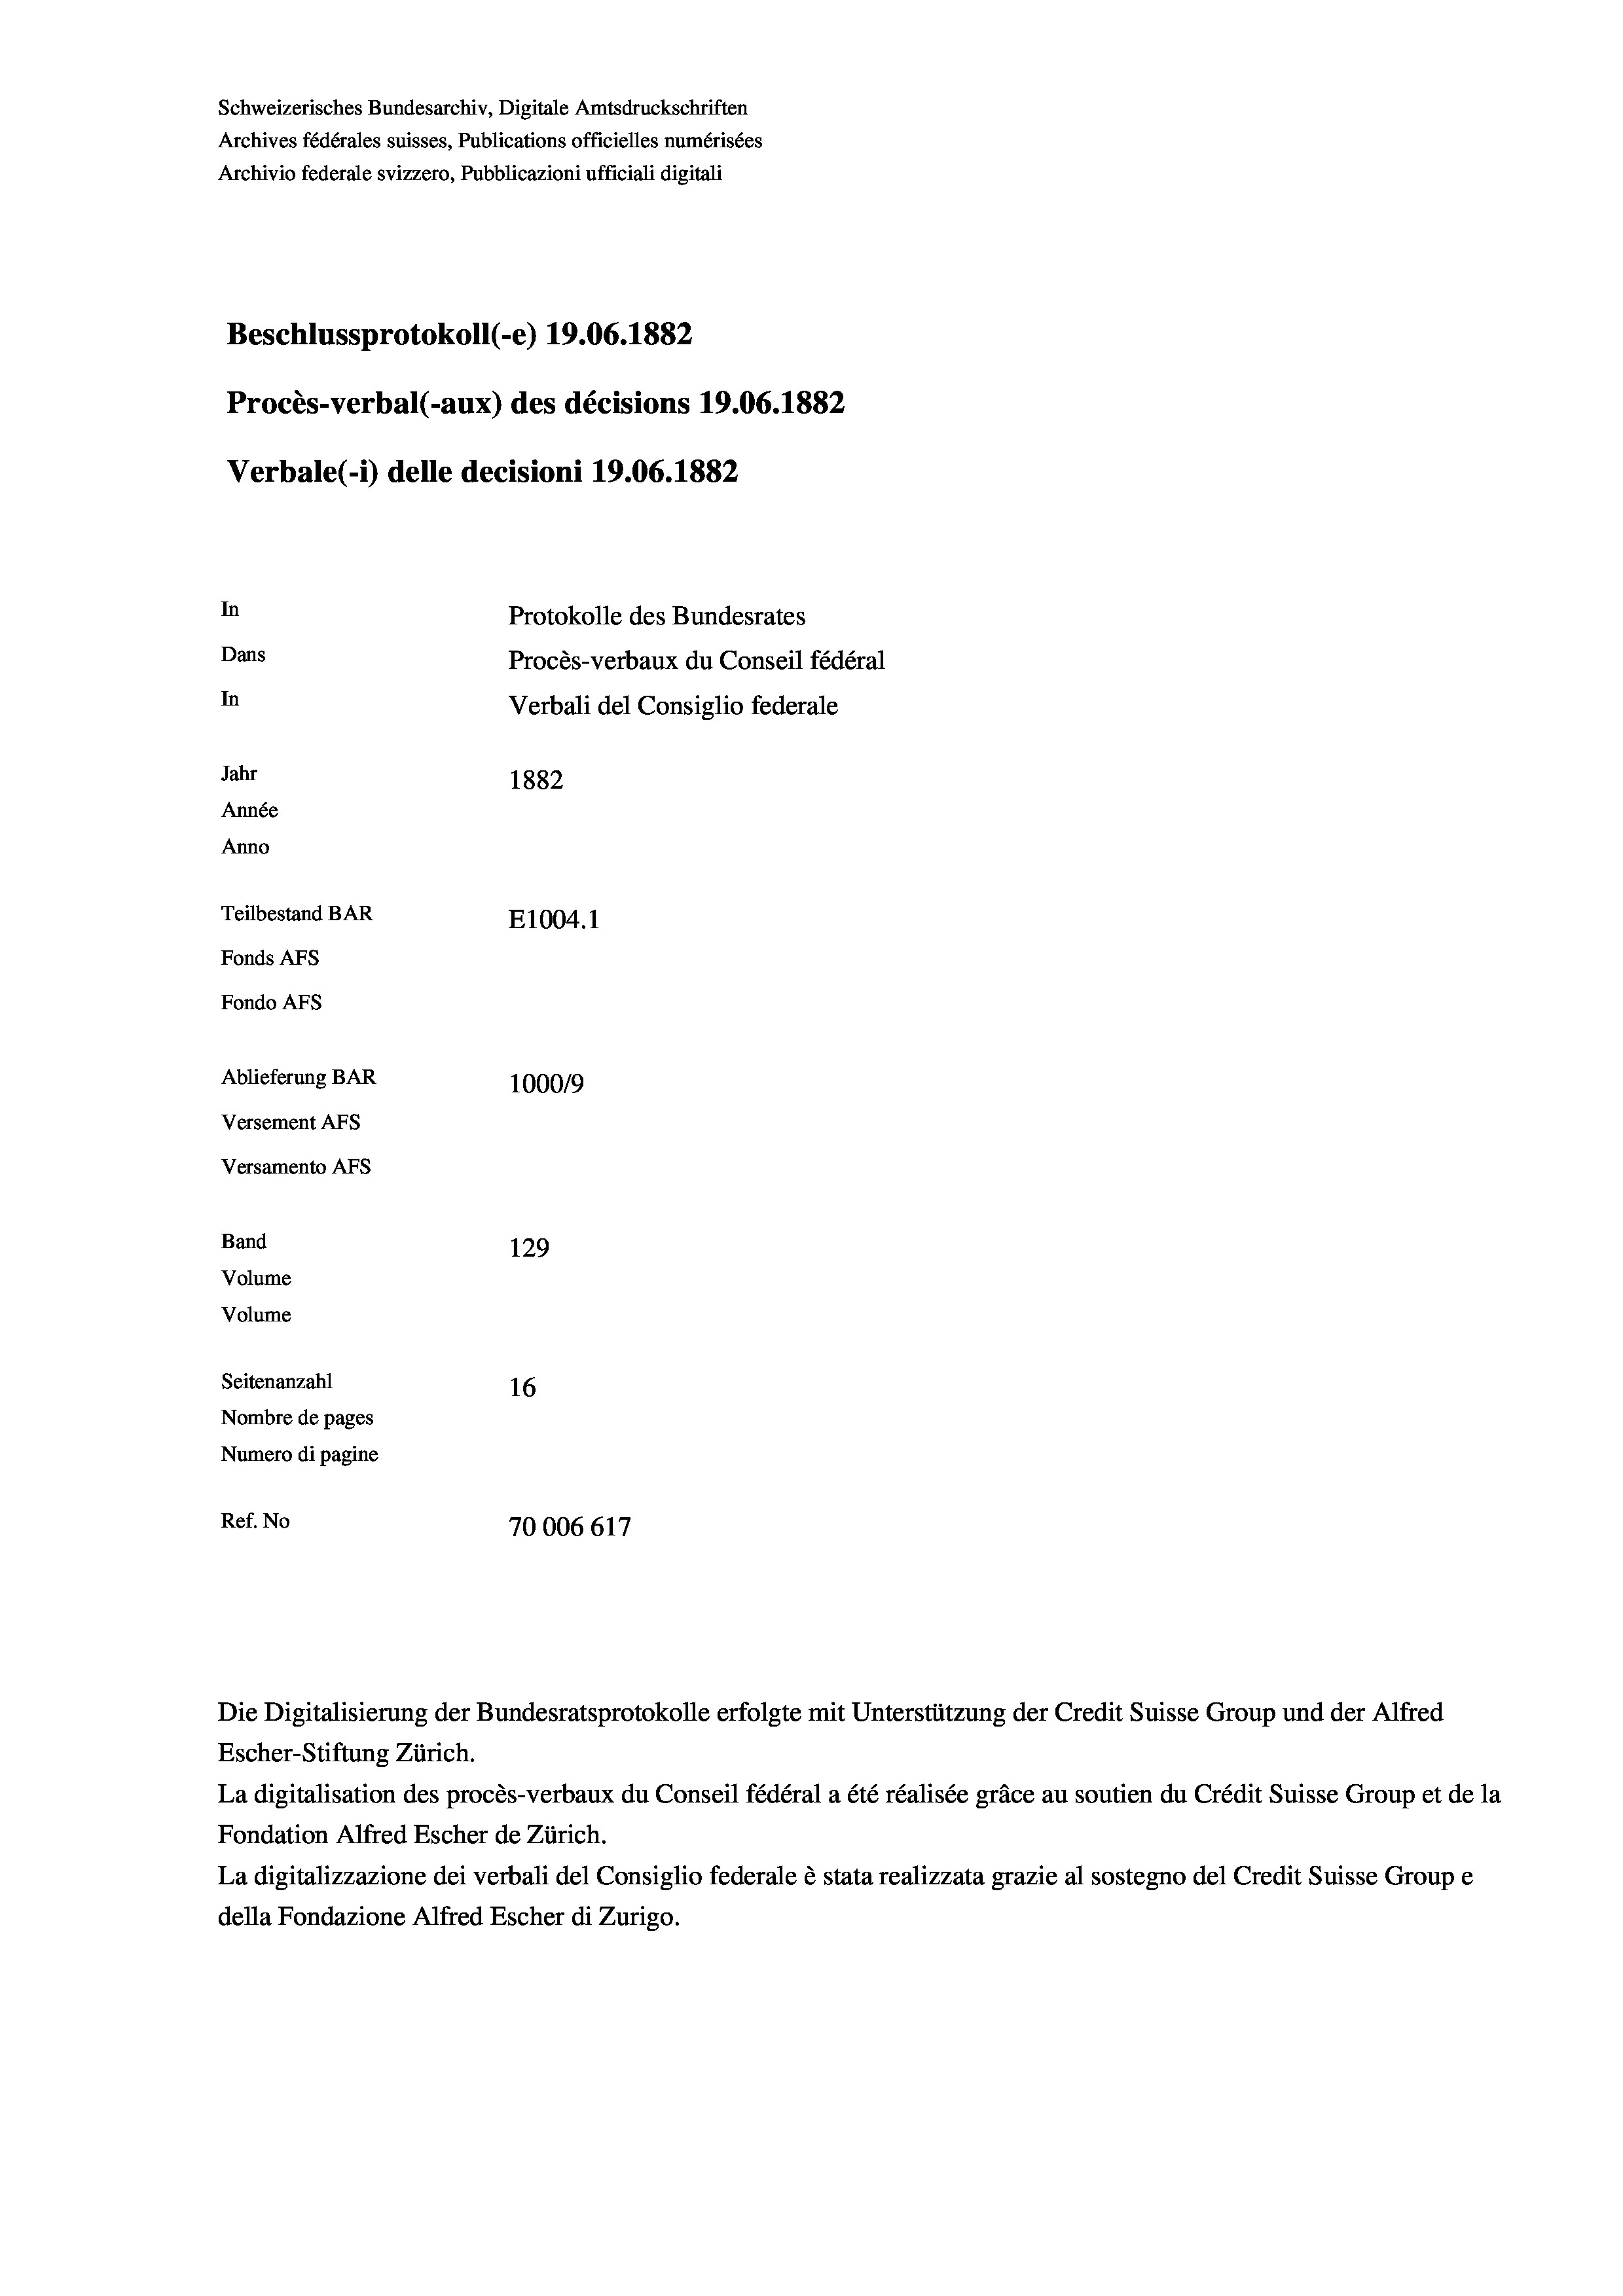
Schweizerisches Bundesarchiv, Digitale Amtsdruckschriften
Archives fédérales suisses, Publications officielles numérisées
Archivio federale svizzero, Pubblicazioni ufficiali digitali
Beschlussprotokoll (-e) 19.06. 1882
Procès-verbal (-aux) des décisions 19.06. 1882
Verbale (i) delle decisioni 19.06. 1882
In
Protokolle des Bundesrates
Dans
Procès-verbaux du Conseil fédéral
In
Verbali del Consiglio federale
Jahr
1882
Année
Anno
Teilbestand BAR
E1004. 1
Fonds AEs
Fondo AFs
Ablieferung BAR
100019
Versement AFS
Versamento Afs
Band
129
Volume
Volume
Seitenanzahl
16
Nombre de pages
Numero di pagine
Ref. No
70006617

Die Digitalisierung der Bundesratsprotokolle erfolgte mit Unterstützung der Credit Suisse Group und der Alfred

Escher-Stiftung Zürich.
La digitalisation des procès-verbaux du Conseil fédéral a été réalisée gräce au soutien du Crédit Suisse Group et de la
Fondation Alfred Escher de Zürich.
La digitalizzazione dei verbali del Consiglio federale è stata realizzata grazie al sostegno del Credit Suisse Groupe
della Fondazione Alfred Escher di Zurigo.